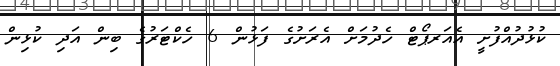
ކުޅުދުއްފުށީ އެއަރޕޯޓް ހެދުމަށް އެރަށުގެ ފަޅުން 6 ހެކްޓަރުގެ ބިން އަދި ކުޅިން